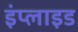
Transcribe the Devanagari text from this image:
इंप्लाइड